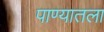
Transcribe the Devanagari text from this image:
पाण्यातला